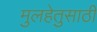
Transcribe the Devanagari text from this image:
मुलहेतुसाठी